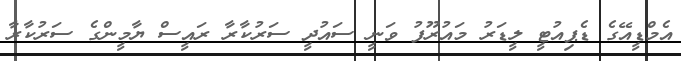
އެމްޑީއޭގެ ޑެޕިއުޓީ ލީޑަރު މައުރޫފު ވަނީ ސައުދީ ސަރުކާރާ ރައީސް ޔާމީންގެ ސަރުކާރާ